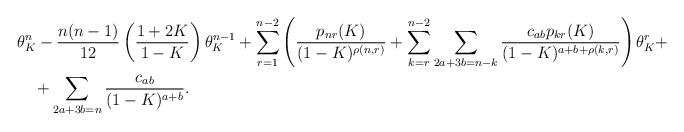
LaTeX: \begin{align*}&\theta^n_K - \frac{n(n-1)}{12}\left(\frac{1+2K}{1-K}\right) \theta_K^{n-1}+\sum_{r = 1}^{n-2}\left(\frac{p_{nr}(K)}{(1-K)^{\rho(n,r)}} + \sum_{k = r}^{n-2}\sum_{2a+3b = n-k} \frac{c_{ab}p_{kr}(K)}{(1-K)^{a+b+\rho(k,r)}}\right)\theta_K^r + \\&\quad+\sum_{2a+3b = n} \frac{c_{ab}}{(1-K)^{a+b}}.\end{align*}